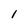
Character: l